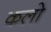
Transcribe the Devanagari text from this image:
कलो